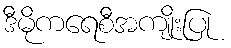
ဒီမိုကရေစီအကျိုးပြု